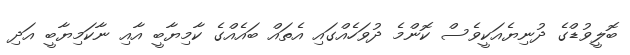
ބޮލީވުޑްގެ ދުނިޔެއަކީވެސް ކޮންމެ ދުވަހެއްގައި އެތައް ބައެއްގެ ކާމިޔާބީ އާއި ނާކަމިޔާބީ އަދި